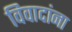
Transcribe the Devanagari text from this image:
विवादांना